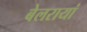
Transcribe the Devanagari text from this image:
बेलरायां